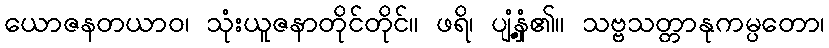
ယောဇနတယာဝ၊ သုံးယူဇနာတိုင်တိုင်။ ဖရိ၊ ပျံ့နှံ့၏။ သဗ္ဗသတ္တာနုကမ္ပတော၊